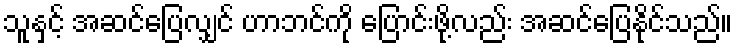
သူနှင့် အဆင်ပြေလျှင် ဟာဘင်ကို ပြောင်းဖို့လည်း အဆင်ပြေနိုင်သည်။